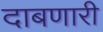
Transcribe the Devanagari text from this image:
दाबणारी